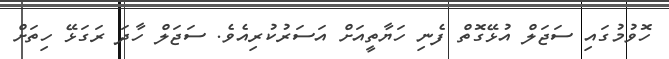
ހޮވުމުގައި ސަޖަލް އުޅޭގޮތް ފެނި ހަޔާތީއަށް އަސަރުކުރިއެވެ. ސަޖަލް ހާދަ ރަގަޅޭ ހިތަށް